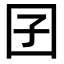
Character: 囝